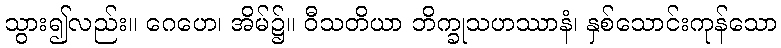
သွား၍လည်း။ ဂေဟေ၊ အိမ်၌။ ဝီသတိယာ ဘိက္ခုသဟဿာနံ၊ နှစ်သောင်းကုန်သော